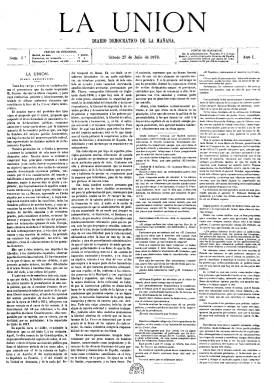
Título: La Unión (Madrid. 1878)
Colección: Periódicos
Ámbito geográfico: Madrid
Lugar de publicación: Madrid
Fechas: 27/07/1878-22/12/1880

Es continuación de El solfeo (1875-1878), el periódico criptorepublicano que dirigiera Antonio Sánchez Pérez (1838-1912), que ya en su última etapa había empezado a estampar bajo su cabecera el subtítulo “diario democrático de la mañana” y que ahora adoptará también La unión, asimismo dirigida por este periodista federalista. Sánchez Pérez se había propuesto la tarea titánica de aunar las voluntades de las distintas fracciones del republicanismo liberal y democrático español, y para ello había mantenido reuniones con Francisco Pi y Margall (en Madrid), y los exiliados Nicolás Salmerón y Ángel Fernández Ríos (en París) y Manuel Ruiz Zorrilla (en Ginebra) para publicar un diario que fuera órgano oficial de todos los republicanos.

En este periódico, al igual que lo fuera en El solfeo, será una de sus principales plumas  Leopoldo Alas, que utilizará, además de su nombre y el seudónimo Clarín, los de Maestro Ciruela, Gil Pérez, Joaquín Pérez y Antolín San. Se sumarán a su redacción otros periodistas republicanos, como Fernando Garrido, y los textos firmados lo serán también con iniciales o seudónimos, como los de Un aficionado o Fernán.

Es una publicación en la que junto a artículos de fondo, incluye secciones propias del periodismo noticioso de la época: revista política, correspondencia o correo extranjero y de provincias, espectáculos, noticias teatrales, bibliografía, folletín, otra titulada  Impresiones del día y la dedicada al movimiento científico, literario y artístico y la bolsa de Madrid, así como telegramas de la agencia Fabra y una sección de anuncios comerciales, que llegará a ocupar completamente la cuarta y última plana.

El 14 de febrero de 1881, el periódico El mundo moderno vendrá a sustituir a este diario cuyo último número aparece el 22 de diciembre de 1880, al fenecer en manos del fiscal de imprenta, y fechas antes de que Francisco Pi y Margall rompiera definitivamente con Nicolás Salmerón y Estanislao Figueras.